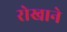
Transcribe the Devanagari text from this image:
रोखाने